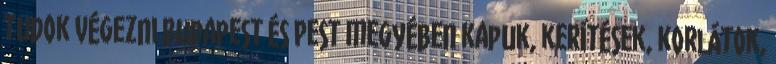
tudok végezni Budapest és Pest megyében kapuk, kerítések, korlátok,